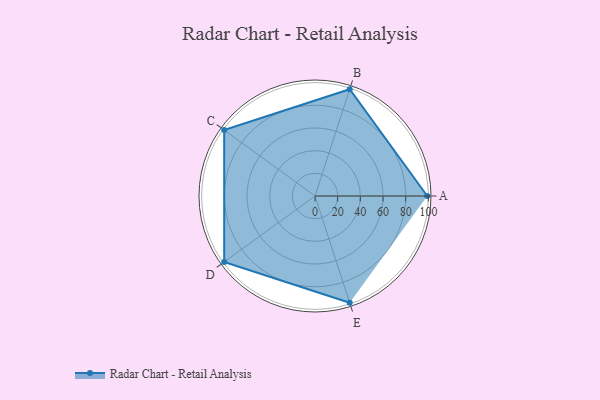
{"axis": {"x": "Skill", "y": "Score"}, "legend": ["Profile"], "data": [{"x": "A", "y": 99.0, "type": "Profile"}, {"x": "B", "y": 99, "type": "Profile"}, {"x": "C", "y": 99, "type": "Profile"}, {"x": "D", "y": 99, "type": "Profile"}, {"x": "E", "y": 99, "type": "Profile"}]}